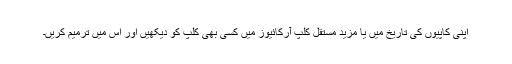
اپنی کاپیوں کی تاریخ میں یا مزید مستقل کلپ آرکائیوز میں کسی بھی کلپ کو دیکھیں اور اس میں ترمیم کریں۔